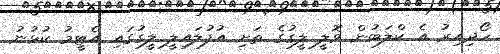
ހޯދިއިރު އެ ކްލަބުން ވޮލީ ލީގުގެ ތަށި އުފުލައިލީ ލީގުގައި އެޓީމު ކުޅުނު